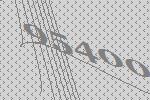
95400